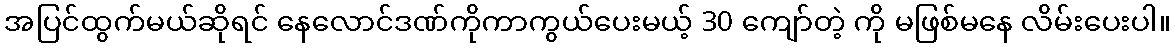
အပြင်ထွက်မယ်ဆိုရင် နေလောင်ဒဏ်ကိုကာကွယ်ပေးမယ့် 30 ကျော်တဲ့ ကို မဖြစ်မနေ လိမ်းပေးပါ။